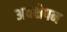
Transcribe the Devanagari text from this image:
अवक्षेपन